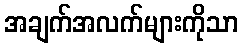
အချက်အလက်များကိုသာ